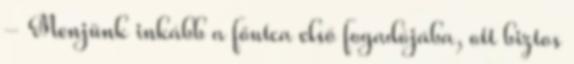
- Menjünk inkább a főutca első fogadójába, ott biztos